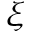
\xi